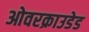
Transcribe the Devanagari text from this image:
ओवरक्राउडेड